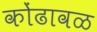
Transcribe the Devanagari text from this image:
कोंढावळ